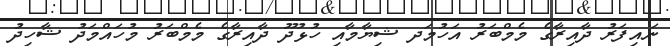
ނައިފަރު ދާއިރާގެ މެމްބަރު އަހުމަދ ޝިޔާމާއި ހުޅުދޫ ދާއިރާގެ މެމްބަރު މުހައްމަދު ޝާހިދު